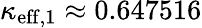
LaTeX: \kappa_{\mathrm{eff,}1}\approx 0.647516